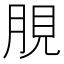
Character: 䏹